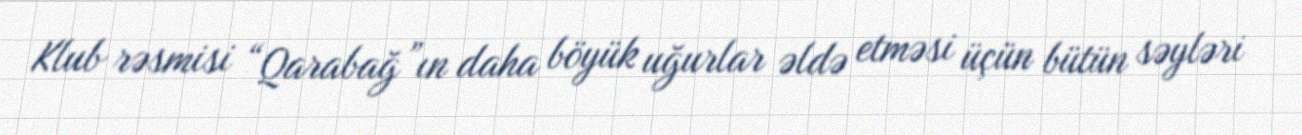
Klub rəsmisi “Qarabağ”ın daha böyük uğurlar əldə etməsi üçün bütün səyləri